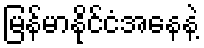
မြန်မာနိုင်ငံအနေနဲ့